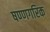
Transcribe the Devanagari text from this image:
षण्णगरिक